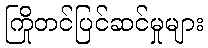
ကြိုတင်ပြင်ဆင်မှုများ